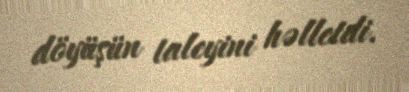
döyüşün taleyini həlletdi.